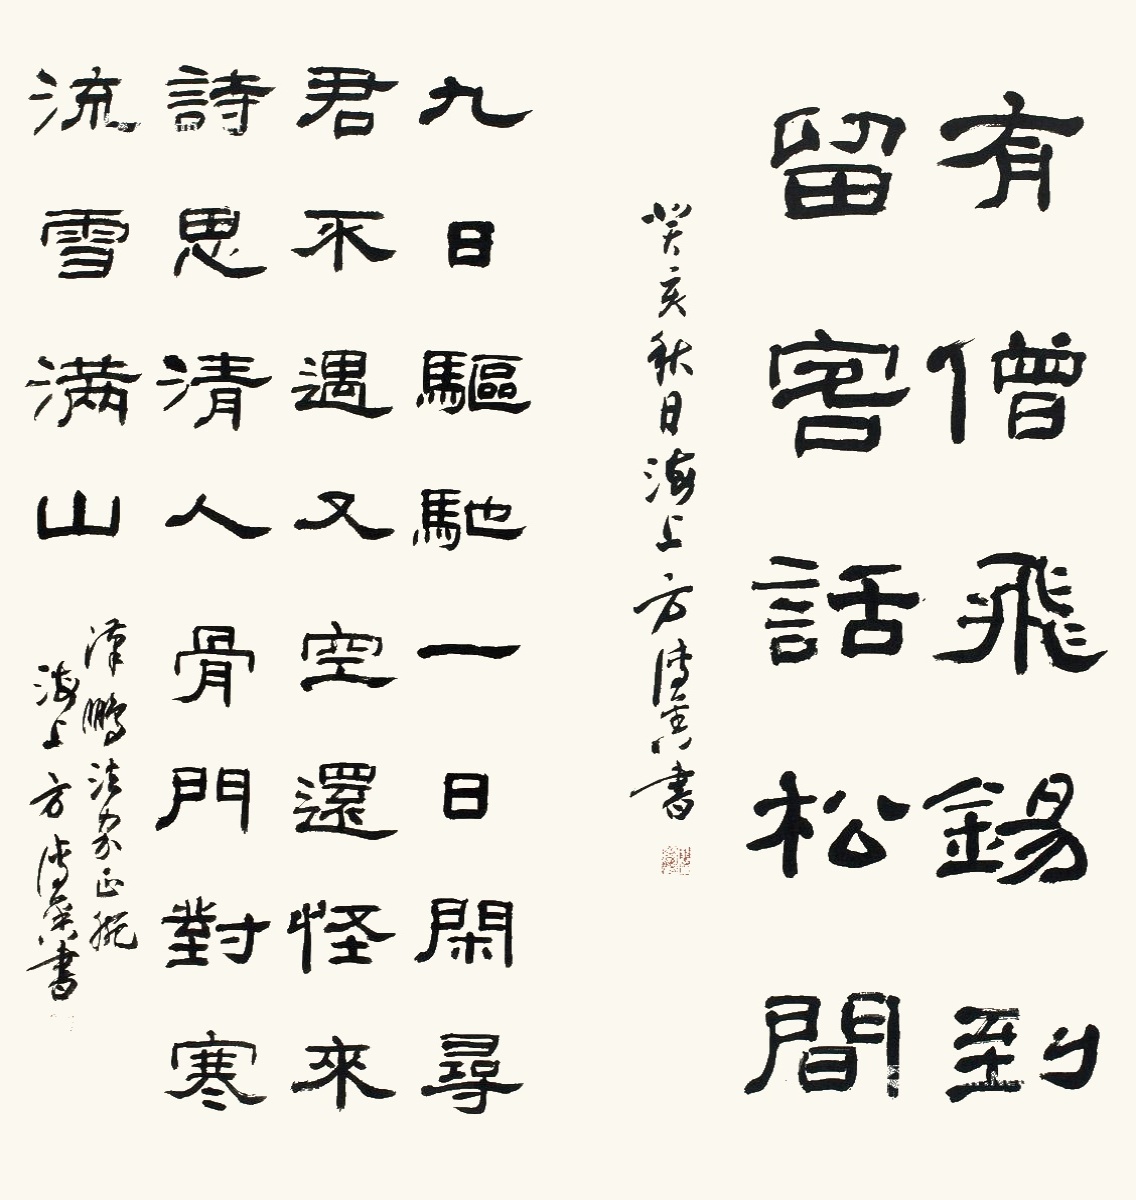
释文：1.有僧飞锡到，留客话松间。2.九日驱驰一日闲，寻君不遇又空还。怪来诗思清人骨，门对寒流雪满山。癸亥（1983年）秋日，海上方传鑫书。汉鹏法家正腕，海上方传鑫书。